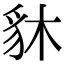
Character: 䝗